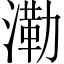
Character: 𣼷